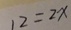
1 2 = 2 x